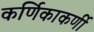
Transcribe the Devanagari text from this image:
कर्णिकाकर्णी